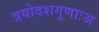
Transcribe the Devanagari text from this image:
त्रयोदशगुणाःअ